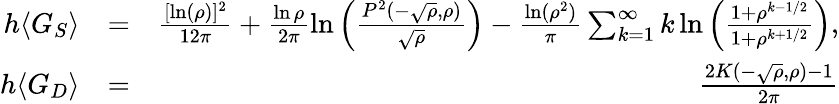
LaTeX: \begin{array}{rlr}{h\langle G_{S}\rangle}&{=}&{\frac{[\ln(\rho)]^{2}}{12\pi}+\frac{\ln\rho}{2\pi}\ln\left(\frac{P^{2}(-\sqrt{\rho},\rho)}{\sqrt{\rho}}\right)-\frac{\ln(\rho^{2})}{\pi}\sum_{k=1}^{\infty}k\ln\left(\frac{1+\rho^{k-1/2}}{1+\rho^{k+1/2}}\right),}\\ {h\langle G_{D}\rangle}&{=}&{\frac{2K(-\sqrt{\rho},\rho)-1}{2\pi}}\end{array}